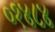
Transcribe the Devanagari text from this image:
०१४८४